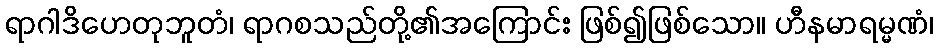
ရာဂါဒိဟေတုဘူတံ၊ ရာဂစသည်တို့၏အကြောင်း ဖြစ်၍ဖြစ်သော။ ဟီနမာရမ္မဏံ၊